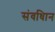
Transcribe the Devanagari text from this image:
संवधिान